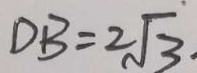
D B = 2 \sqrt { 3 }